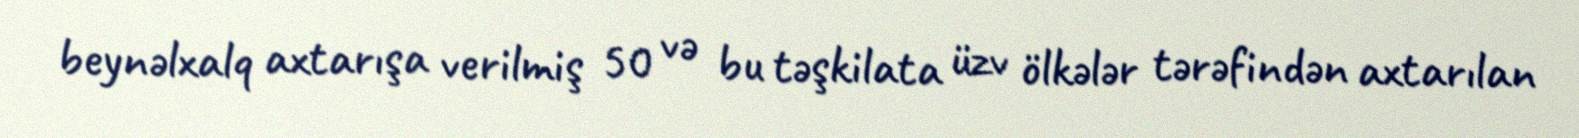
beynəlxalq axtarışa verilmiş 50 və bu təşkilata üzv ölkələr tərəfindən axtarılan